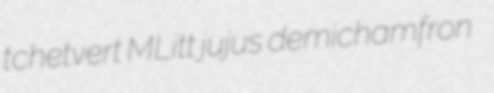
tchetvert MLitt jujus demichamfron